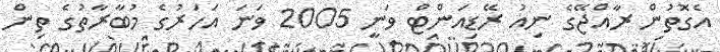
އެގޮތުން ރާއްޖޭގެ ނިއު ރޭޑިއަންޓް ވަނީ 2005 ވަނަ އަހަރުގެ މުބާރާތުގެ ތިން